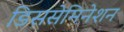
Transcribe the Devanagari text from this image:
डिससेमिनेशन